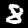
Label: 8